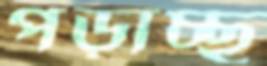
পড়াচ্ছ